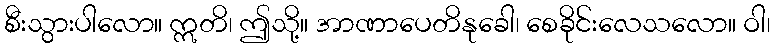
စီးသွားပါလော။ ဣတိ၊ ဤသို့။ အာဏာပေတိနုခေါ၊ စေခိုင်းလေသလော။ ဝါ၊